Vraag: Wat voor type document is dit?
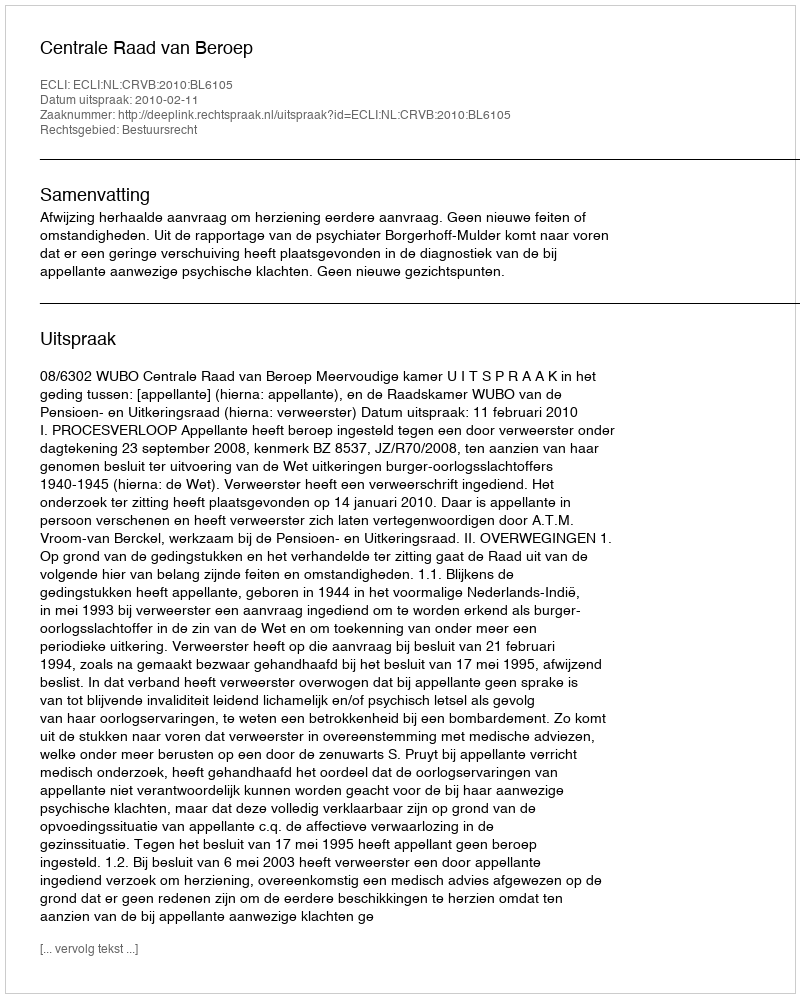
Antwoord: Uitspraak